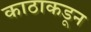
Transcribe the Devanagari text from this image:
काठाकडून